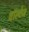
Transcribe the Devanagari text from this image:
वॉल्टेज